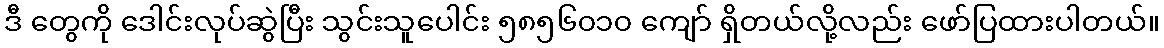
ဒီ တွေကို ဒေါင်းလုပ်ဆွဲပြီး သွင်းသူပေါင်း ၅၈၅၆၀၁၀ ကျော် ရှိတယ်လို့လည်း ဖော်ပြထားပါတယ်။